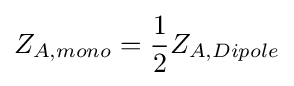
Z_{A,mono}={\frac {1}{2}}Z_{A,Dipole}